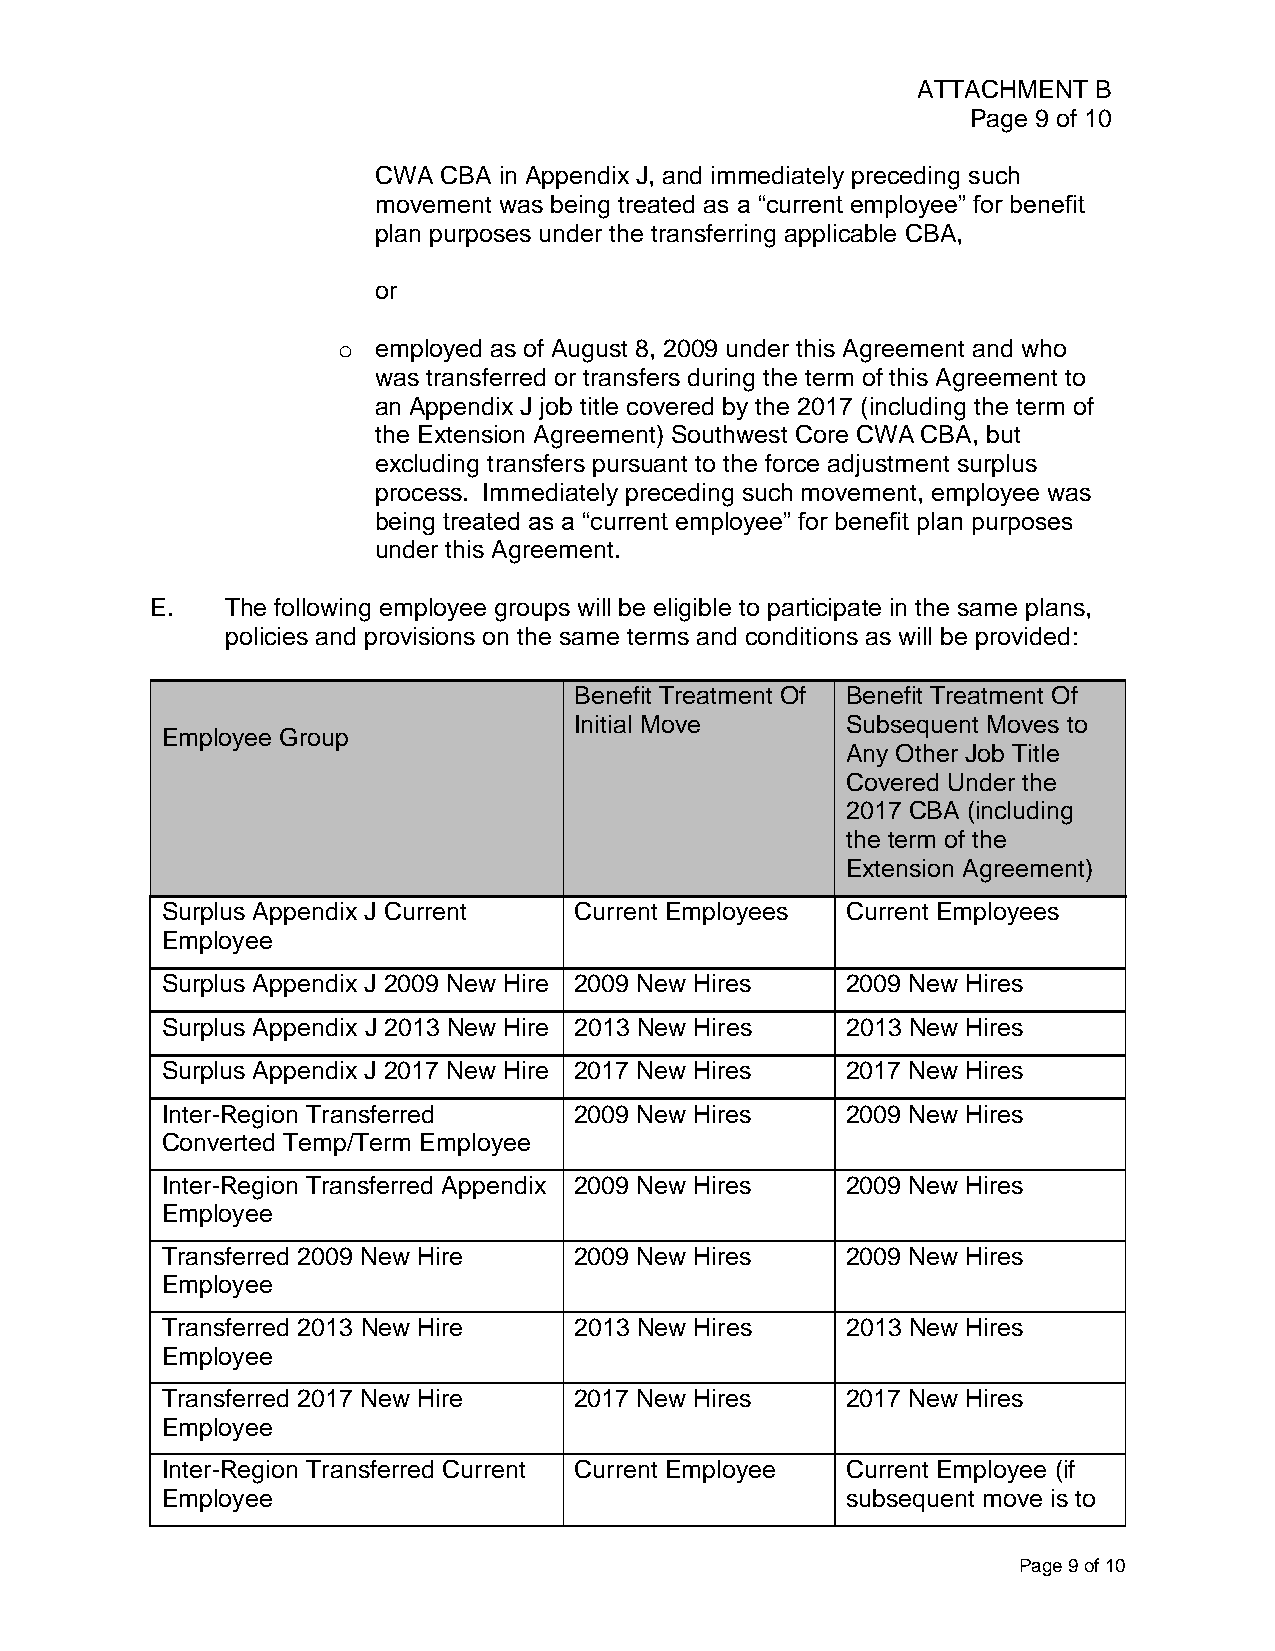
ATTACHMENT  B
 Page 9 of 10
 CWA CBA in Appendix J, and immediately preceding such
 movement was being treated as a “current employee” for benefit
 plan purposes under the transferring applicable CBA,
 or
 o  employed as of August 8, 2009 under this Agreement and who
 was transferred or transfers during the term of this Agreement to
 an Appendix J job title covered by the 2017 (including the term of
 the Extension Agreement) Southwest Core CWA CBA, but
 excluding transfers pursuant to the force adjustment surplus
 process. Immediately preceding such movement, employee was
 being treated as a “current employee” for benefit plan purposes
 under this Agreement.
 E.   The following employee groups will be eligible to participate in the same plans,
 policies and provisions on the same terms and conditions as will be provided:
 Benefit Treatment Of Benefit Treatment Of
 Initial Move      Subsequent Moves to
 Employee Group
 Any Other Job Title
 Covered Under the
 2017 CBA (including
 the term of the
 Extension Agreement)
 Surplus Appendix J Current Current Employees Current Employees
 Employee
 Surplus Appendix J 2009 New Hire 2009 New Hires 2009 New Hires
 Surplus Appendix J 2013 New Hire 2013 New Hires 2013 New Hires
 Surplus Appendix J 2017 New Hire 2017 New Hires 2017 New Hires
 Inter-Region Transferred   2009 New Hires    2009 New Hires
 Converted Temp/Term Employee
 Inter-Region Transferred Appendix 2009 New Hires 2009 New Hires
 Employee
 Transferred 2009 New Hire  2009 New Hires    2009 New Hires
 Employee
 Transferred 2013 New Hire  2013 New Hires    2013 New Hires
 Employee
 Transferred 2017 New Hire  2017 New Hires    2017 New Hires
 Employee
 Inter-Region Transferred Current Current Employee Current Employee (if
 Employee                                     subsequent move is to
 Page 9 of 10